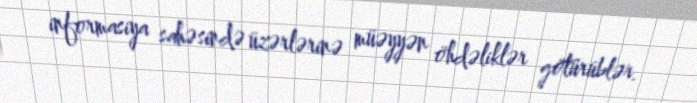
informasiya sahəsində üzərlərinə müəyyən öhdəliklər götürüblər.